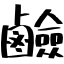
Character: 鹼